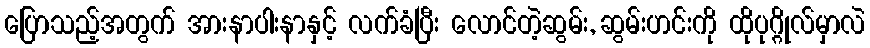
ပြောသည့်အတွက် အားနာပါးနာနှင့် လက်ခံပြီး လောင်တဲ့ဆွမ်း, ဆွမ်းဟင်းကို ထိုပုဂ္ဂိုလ်မှာလဲ